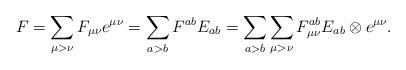
LaTeX: \begin{align*}F= \sum_{\mu>\nu}F_{\mu\nu}e^{\mu\nu}= \sum_{a>b} F^{ab} E_{ab} =\sum_{a>b}\sum_{\mu>\nu}F^{ab}_{\mu\nu}E_{ab} \otimes e^{\mu\nu}.\end{align*}